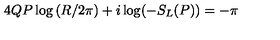
4 Q P \log \left( R / 2 \pi \right) + i \log ( - S _ { L } ( P ) ) = - \pi